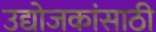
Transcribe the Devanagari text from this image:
उद्योजकांसाठी